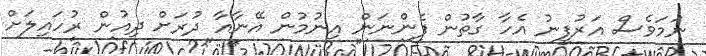
ނަމަވެސް އަރުފީނު އެހާ ގާތުން ފެންނަން އިނުމުން އޭނާއާ ދުރަށް ދިއުން ރުހައިލަށް